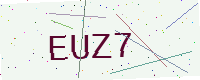
Text: EUZ7